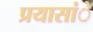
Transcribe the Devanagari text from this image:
प्रयासांे